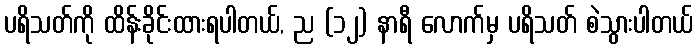
ပရိသတ်ကို ထိန်းခိုင်းထားရပါတယ်, ည (၁၂) နာရီ လောက်မှ ပရိသတ် စဲသွားပါတယ်